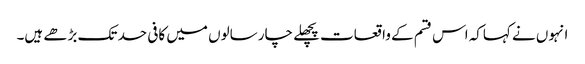
انہوں نے کہاکہ اس قسم کے واقعات پچھلے چار سالوں میں کافی حد تک بڑھے ہیں۔